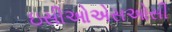
ઇસીઓએસઓસી